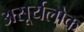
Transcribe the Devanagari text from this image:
असूर्यलोक